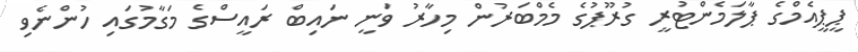
ޕީޕީއެމްގެ ޕާލަމެންޓުރީ ގުރޫޕުގެ މެމްބަރުން މިހާރު ވަނީ ނައިބް ރައީސްގެ މަގާމުގައި ހުންނެވި